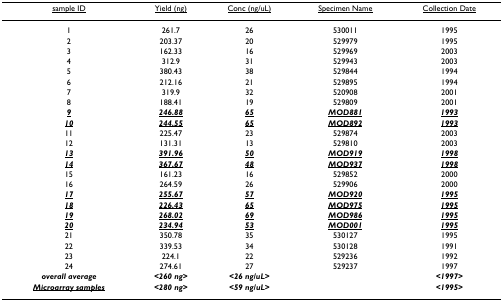
<table><thead><tr><td><b><underline>sample ID</underline></b></td><td><b><underline>Yield (ng)</underline></b></td><td><b><underline>Conc (ng/uL)</underline></b></td><td><b><underline>Specimen Name</underline></b></td><td><b><underline>Collection Date</underline></b></td></tr></thead><tbody><tr><td>1</td><td>261.7</td><td>26</td><td>530011</td><td>1995</td></tr><tr><td>2</td><td>203.37</td><td>20</td><td>529979</td><td>1995</td></tr><tr><td>3</td><td>162.33</td><td>16</td><td>529969</td><td>2003</td></tr><tr><td>4</td><td>312.9</td><td>31</td><td>529943</td><td>2003</td></tr><tr><td>5</td><td>380.43</td><td>38</td><td>529844</td><td>1994</td></tr><tr><td>6</td><td>212.16</td><td>21</td><td>529895</td><td>1994</td></tr><tr><td>7</td><td>319.9</td><td>32</td><td>520908</td><td>2001</td></tr><tr><td>8</td><td>188.41</td><td>19</td><td>529809</td><td>2001</td></tr><tr><td><b><i><underline>9</underline></i></b></td><td><b><i><underline>246.88</underline></i></b></td><td><b><i><underline>65</underline></i></b></td><td><b><i><underline>MOD881</underline></i></b></td><td><b><i><underline>1993</underline></i></b></td></tr><tr><td><b><i><underline>10</underline></i></b></td><td><b><i><underline>244.55</underline></i></b></td><td><b><i><underline>65</underline></i></b></td><td><b><i><underline>MOD892</underline></i></b></td><td><b><i><underline>1993</underline></i></b></td></tr><tr><td>11</td><td>225.47</td><td>23</td><td>529874</td><td>2003</td></tr><tr><td>12</td><td>131.31</td><td>13</td><td>529810</td><td>2003</td></tr><tr><td><b><i><underline>13</underline></i></b></td><td><b><i><underline>391.96</underline></i></b></td><td><b><i><underline>50</underline></i></b></td><td><b><i><underline>MOD919</underline></i></b></td><td><b><i><underline>1998</underline></i></b></td></tr><tr><td><b><i><underline>14</underline></i></b></td><td><b><i><underline>367.67</underline></i></b></td><td><b><i><underline>48</underline></i></b></td><td><b><i><underline>MOD937</underline></i></b></td><td><b><i><underline>1998</underline></i></b></td></tr><tr><td>15</td><td>161.23</td><td>16</td><td>529852</td><td>2000</td></tr><tr><td>16</td><td>264.59</td><td>26</td><td>529906</td><td>2000</td></tr><tr><td><b><i><underline>17</underline></i></b></td><td><b><i><underline>255.67</underline></i></b></td><td><b><i><underline>57</underline></i></b></td><td><b><i><underline>MOD920</underline></i></b></td><td><b><i><underline>1995</underline></i></b></td></tr><tr><td><b><i><underline>18</underline></i></b></td><td><b><i><underline>226.43</underline></i></b></td><td><b><i><underline>65</underline></i></b></td><td><b><i><underline>MOD975</underline></i></b></td><td><b><i><underline>1995</underline></i></b></td></tr><tr><td><b><i><underline>19</underline></i></b></td><td><b><i><underline>268.02</underline></i></b></td><td><b><i><underline>69</underline></i></b></td><td><b><i><underline>MOD986</underline></i></b></td><td><b><i><underline>1995</underline></i></b></td></tr><tr><td><b><i><underline>20</underline></i></b></td><td><b><i><underline>234.94</underline></i></b></td><td><b><i><underline>53</underline></i></b></td><td><b><i><underline>MOD001</underline></i></b></td><td><b><i><underline>1995</underline></i></b></td></tr><tr><td>21</td><td>350.78</td><td>35</td><td>530127</td><td>1995</td></tr><tr><td>22</td><td>339.53</td><td>34</td><td>530128</td><td>1991</td></tr><tr><td>23</td><td>224.1</td><td>22</td><td>529236</td><td>1992</td></tr><tr><td>24</td><td>274.61</td><td>27</td><td>529237</td><td>1997</td></tr><tr><td><b><i>overall average</i></b></td><td><b><i>&lt;260 ng&gt;</i></b></td><td><b><i>&lt;26 ng/uL&gt;</i></b></td><td></td><td><b><i>&lt;1997&gt;</i></b></td></tr><tr><td><b><i><underline>Microarray samples</underline></i></b></td><td><b><i>&lt;280 ng&gt;</i></b></td><td><b><i>&lt;59 ng/uL&gt;</i></b></td><td></td><td><b><i>&lt;1995&gt;</i></b></td></tr></tbody></table>